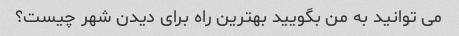
می توانید به من بگویید بهترین راه برای دیدن شهر چیست؟